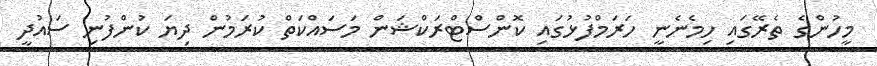
މީހުންގެ ތެރޭގައި ހިމެނެނީ ހަރަމްފުޅުގައި ކޮންސްޓްރަކްޝަން މަސައްކަތް ކުރަމުން ދިޔަ ކުންފުނި ސައުދީ